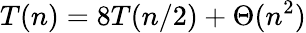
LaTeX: T(n)=8T(n/2)+\Theta(n^{2})